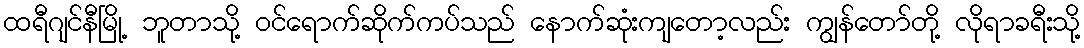
ထရီဂျင်နီမြို့ ဘူတာသို့ ဝင်ရောက်ဆိုက်ကပ်သည် နောက်ဆုံးကျတော့လည်း ကျွန်တော်တို့ လိုရာခရီးသို့